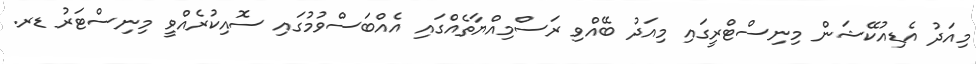
މިއަދު އެޑިއުކޭޝަން މިނިސްޓްރީގައި މިއަދު ބޭއްވި ރަސްމިއްޔާތެއްގައި އެއްބަސްވުމުގައި ސޮއިކުރެއްވީ މިނިސްޓަރު ޑރ.